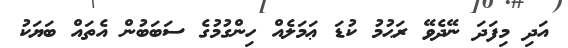
އަދި މިފަދަ ނޭދެވޭ ރަޙުމު ކުޑަ ޢަމަލެއް ހިންގުމުގެ ސަބަބުން އެތައް ބަޔަކު